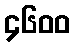
၄၆၀၀